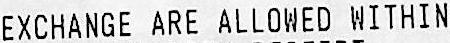
EXCHANGE ARE ALLOWED WITHIN